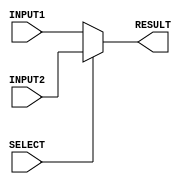
`timescale 1ns/100ps

module mux2to1_32bit(INPUT1, INPUT2, RESULT, SELECT);
    input [31:0] INPUT1, INPUT2;
    input SELECT;
    output reg [31:0] RESULT;

    always @ (*)
    begin
        if(SELECT == 1'b1)
            RESULT = INPUT2;
        else
            RESULT = INPUT1;
    end

endmodule